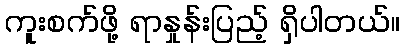
ကူးစက်ဖို့ ရာနှုန်းပြည့် ရှိပါတယ်။